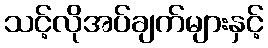
သင့်လိုအပ်ချက်များနှင့်